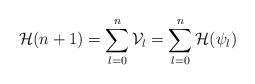
LaTeX: \begin{align*}\mathcal{H}(n+1)=\sum_{l=0}^{n}\mathcal{V}_{l}=\sum_{l=0}^{n}\mathcal{H}(\psi_{l})\end{align*}